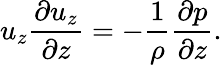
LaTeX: u_{z}\frac{\partial u_{z}}{\partial z}=-\frac{1}{\rho}\frac{\partial p}{\partial z}.